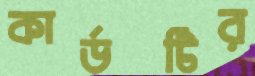
কার্ডটির